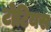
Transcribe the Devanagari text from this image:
टोटियस